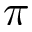
\pi